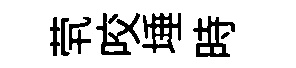
茕咬埵時